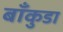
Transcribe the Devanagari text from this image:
बाँकुडा